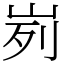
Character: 峛